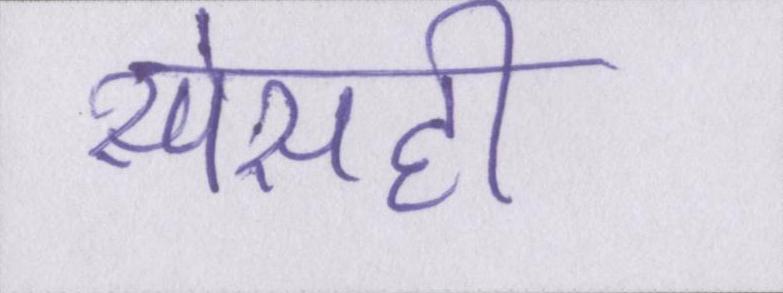
स्पेसही